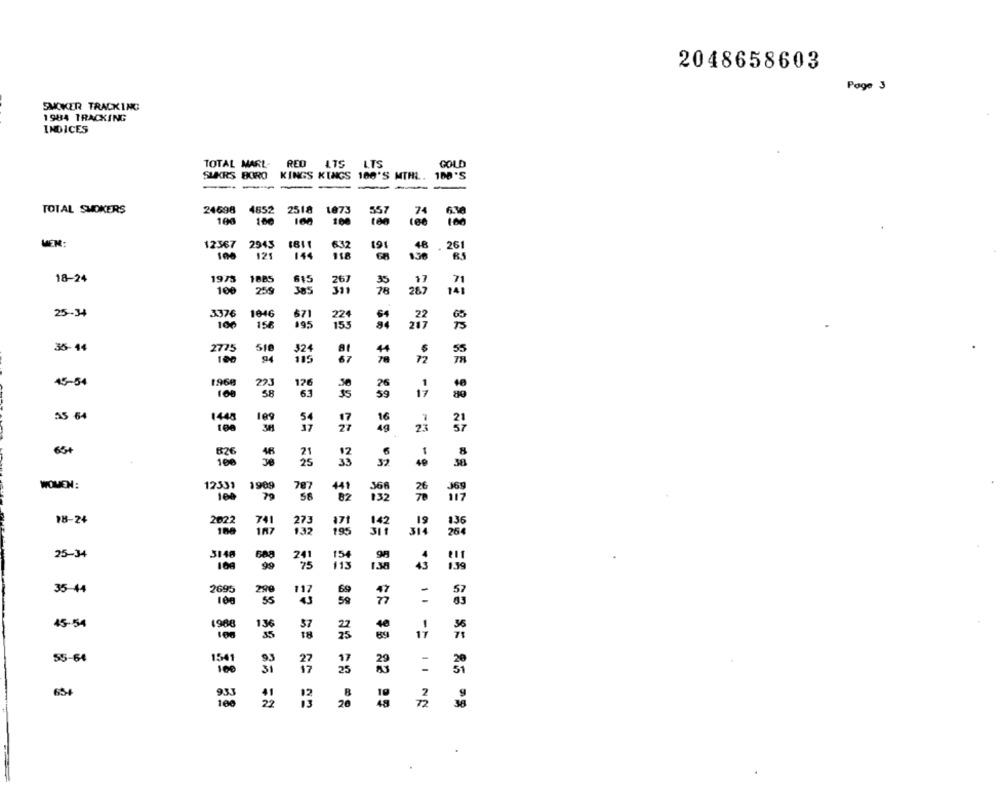
2048658603
Page 3
SMOKER TRACKING
1984 TRACKING
INDICES
TOTAL MARL- RED LTS LTS
GOLD
KINGS KINGS 100'S MTHL. 100'S
SUKRS BORO
TOTAL SMOKERS
24698
4652
2518
1873
106
150
100
MEN:
12367 2945
1611
191
632
261
100
125
144
1885
18-24
1973
615
267
71
100
259
385
311
141
25-34
3376
1046
671
100
158
195
15
,22
35-44
2775
516
324
100
105
45-54
1968
223
26
S8
63
59
17
55 64
1448
16
49
23
65+
6
826
12
8
100
39
38
WOMEN:
12339
1909
41
368
79
132
117
18-24
2622
741
171
142
136
188
273
195
28€
3i4
25-34
3148
688
90
241
35-44
2695
299
100
117
=
45-54
198€
136
57
17
55-64
1541
93
27
654
100
20
72
28 82 25 =8
.